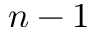
n - 1